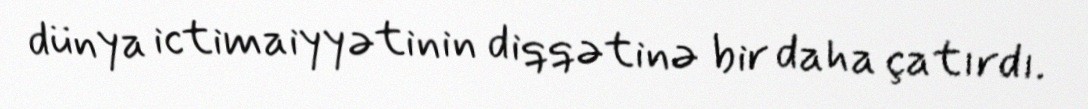
dünya ictimaiyyətinin diqqətinə bir daha çatırdı.